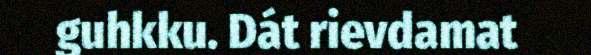
guhkku. Dát rievdamat